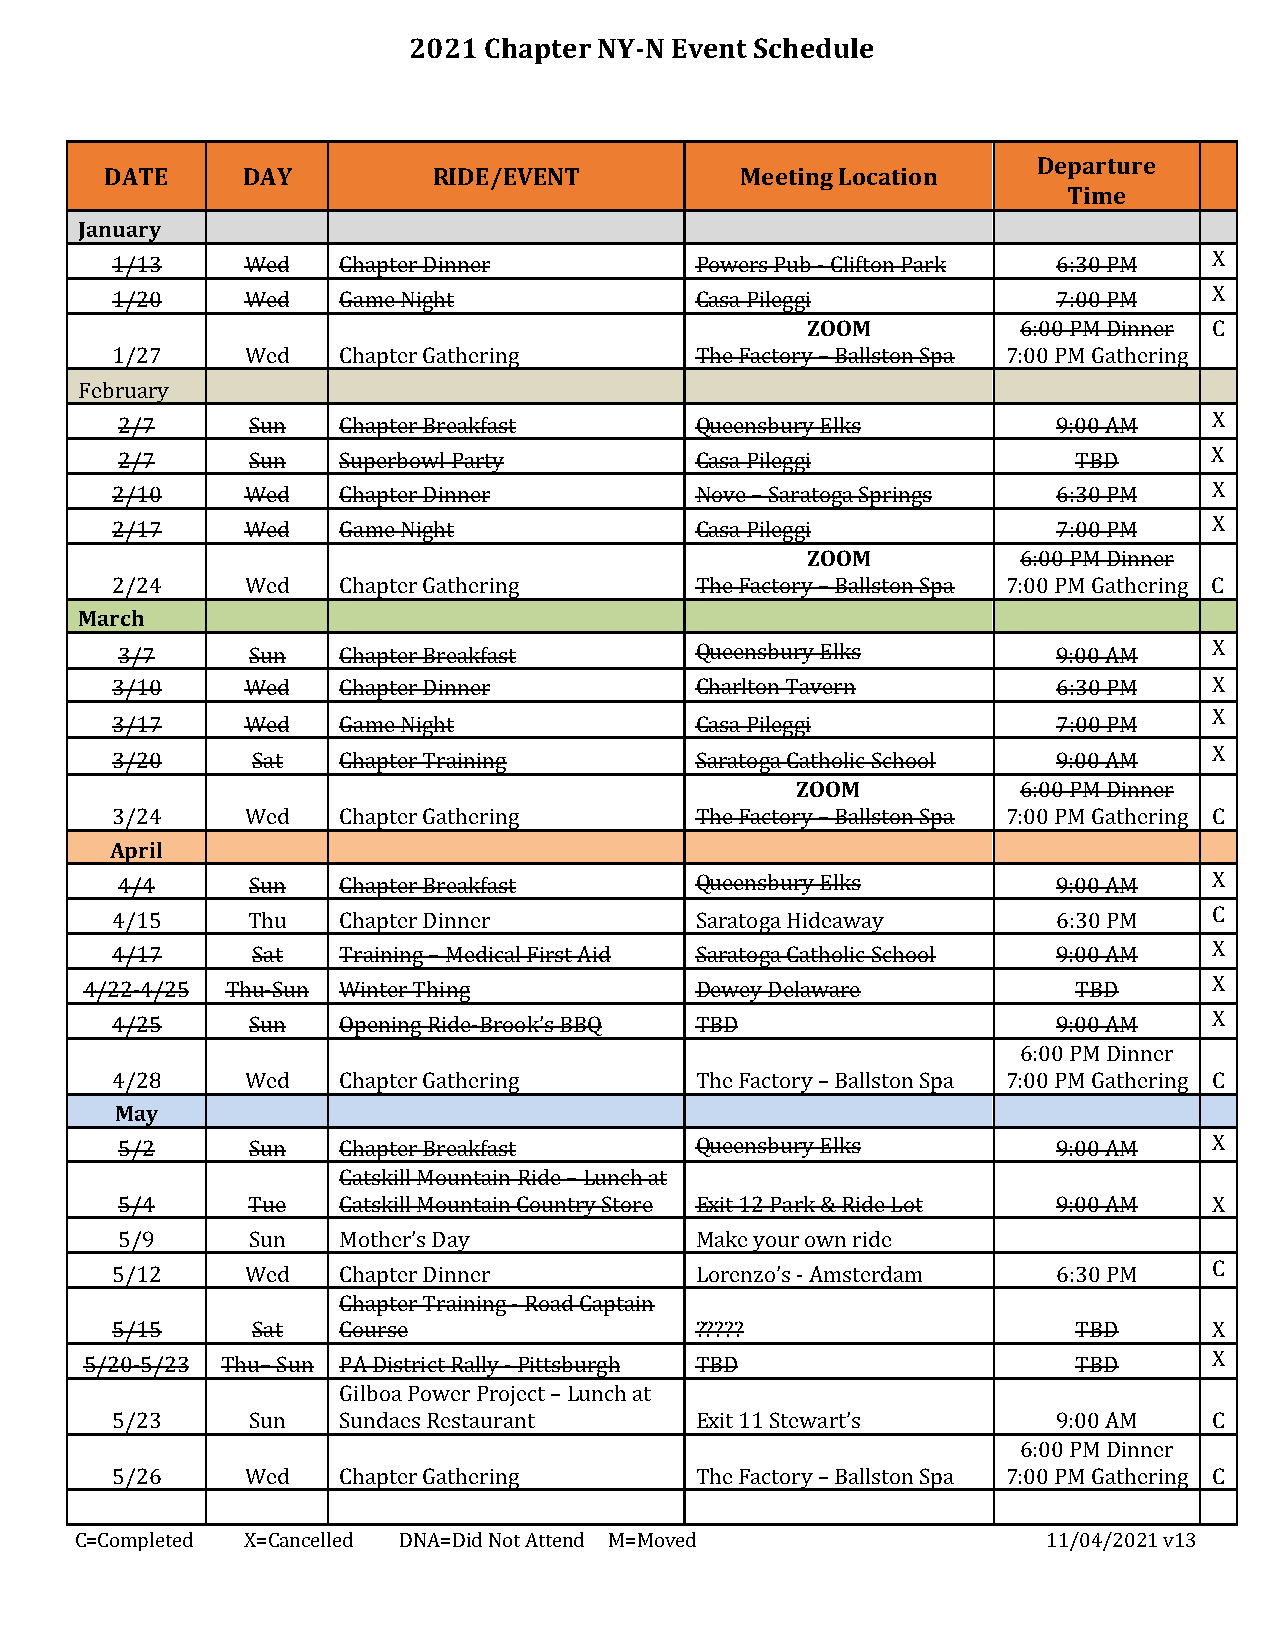
2021 Chapter NY-N Event Schedule
 Departure
 DATE     DAY          RIDE/EVENT          Meeting Location
 Time
 January
 1/13     Wed   Chapter Dinner          Powers Pub - Clifton Park 6:30 PM X
 1/20     Wed   Game Night              Casa Pileggi            7:00 PM   X
 ZOOM           6:00 PM Dinner C
 1/27     Wed   Chapter Gathering       The Factory – Ballston Spa 7:00 PM Gathering
 February
 2/7     Sun   Chapter Breakfast       Queensbury Elks         9:00 AM   X
 2/7     Sun   Superbowl Party         Casa Pileggi             TBD      X
 2/10     Wed   Chapter Dinner          Nove – Saratoga Springs 6:30 PM   X
 2/17     Wed   Game Night              Casa Pileggi            7:00 PM   X
 ZOOM           6:00 PM Dinner
 2/24     Wed   Chapter Gathering       The Factory – Ballston Spa 7:00 PM Gathering C
 March
 3/7     Sun   Chapter Breakfast       Queensbury Elks         9:00 AM   X
 3/10     Wed   Chapter Dinner          Charlton Tavern         6:30 PM   X
 X
 3/17     Wed   Game Night              Casa Pileggi            7:00 PM
 X
 3/20      Sat  Chapter Training        Saratoga Catholic School 9:00 AM
 ZOOM           6 :00 PM Dinner
 3/24     Wed   Chapter Gathering       The Factory – Ballston Spa 7:00 PM Gathering C
 April
 4/4     Sun   Chapter Breakfast       Queensbury Elks         9:00 AM   X
 4/15     Thu   Chapter Dinner          Saratoga Hideaway       6:30 PM   C
 4/17      Sat  Training – Medical First Aid Saratoga Catholic School 9:00 AM X
 4/22-4/25 Thu-Sun Winter Thing          Dewey Delaware           TBD      X
 4/25     Sun   Opening Ride-Brook’s BBQ TBD                    9:00 AM   X
 6:00 PM Dinner
 4/28     Wed   Chapter Gathering       The Factory – Ballston Spa 7:00 PM Gathering C
 May
 5/2     Sun   Chapter Breakfast       Queensbury Elks         9:00 AM   X
 Catskill Mountain Ride – Lunch at
 5/4     Tue   Catskill Mountain Country Store Exit 12 Park & Ride Lot 9:00 AM X
 5/9     Sun   Mother’s Day            Make your own ride
 5/12     Wed   Chapter Dinner          Lorenzo’s - Amsterdam   6:30 PM   C
 Chapter Training - Road Captain
 5/15      Sat  Course                  ?????                    TBD      X
 5/20-5/23 Thu– Sun PA District Rally - Pittsburgh TBD            TBD      X
 Gilboa Power Project – Lunch at
 5/23     Sun   Sundaes Restaurant      Exit 11 Stewart’s       9:00 AM   C
 6:00 PM Dinner
 5/26     Wed   Chapter Gathering       The Factory – Ballston Spa 7:00 PM Gathering C
 C=Completed X=Cancelled DNA=Did Not Attend M=Moved              11/04/2021 v13